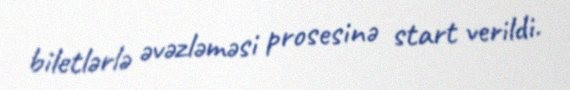
biletlərlə əvəzləməsi prosesinə start verildi.